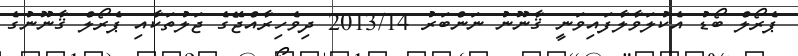
ޕެރޯލް ބޯޑު އެކުލަވާލާފައިވަނީ ޤާނޫނު ނަންބަރު 2013/14 ދިވެހިރާއްޖޭގެ ޖަލުތަކާއި ޕެރޯލް ޤާނޫނުގެ